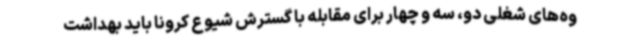
وه‌های شغلی دو، سه و چهار برای مقابله با گسترش شیوع کرونا باید بهداشت